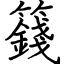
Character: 籛